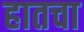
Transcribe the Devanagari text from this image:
हातचा